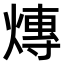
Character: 𤍿